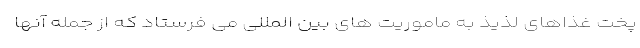
پخت غذاهای لذیذ به ماموریت های بین المللی می فرستاد که از جمله آنها